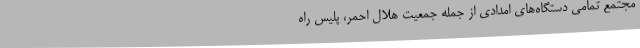
مجتمع تمامی دستگاه‌های امدادی از جمله جمعیت هلال احمر، پلیس راه‌